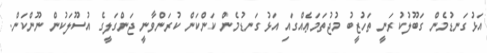
އަޅުގަނޑުމެން ގަބޫލުކުރަނީ ތަހުޒީބު މުޖުތަމަޢެއްގައި އަޅުގަނޑުމެން ކަންކަން ކުރަންވާނީ ޖަންގަލީގެ އުސޫލަކުން ނޫންކަން.